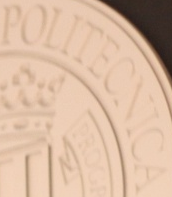
POLITECNICA